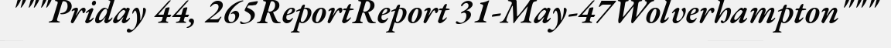
"""Priday 44, 265ReportReport 31-May-47Wolverhampton"""